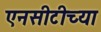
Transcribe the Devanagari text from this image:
एनसीटीच्या